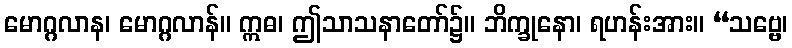
မောဂ္ဂလာန၊ မောဂ္ဂလာန်။ ဣဓ၊ ဤသာသနာတော်၌။ ဘိက္ခုနော၊ ရဟန်းအား။ “သဗ္ဗေ၊